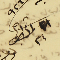
٢١ شباط سنة ٩٢٦